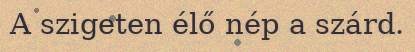
A szigeten élő nép a szárd.